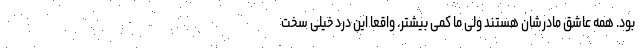
بود. همه عاشق مادرشان هستند ولی ما کمی بیشتر. واقعا این درد خیلی سخت